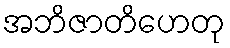
အဘိဇာတိဟေတု